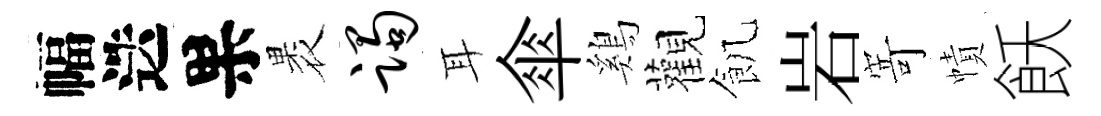
幅迭果褁躅耳傘鷄觀飢岩𭔃幘飫